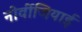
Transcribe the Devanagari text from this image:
नोर्वीजियाई